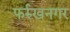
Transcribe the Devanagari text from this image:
फर्रुखनगर